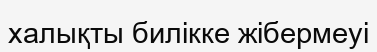
халықты билікке жібермеуі